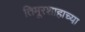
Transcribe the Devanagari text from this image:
तिमूरशाहाच्या